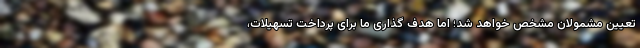
تعیین مشمولان مشخص خواهد شد؛ اما هدف گذاری ما برای پرداخت تسهیلات،